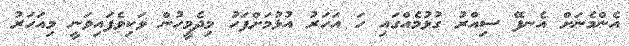
އެންމެނަށް އެނފޭ ސިއްރު ގުޅުމެއްގައި ހަ އަހަރު އުޅުމަށްފަހު މިދެމީހުން ވަކިވެފައިވަނީ މިއަހަރު